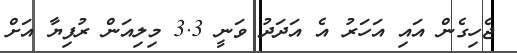
ޖެހިގެން އައި އަހަރު އެ އަދަދު ވަނީ 3.3 މިލިއަން ރުފިޔާ އަށް